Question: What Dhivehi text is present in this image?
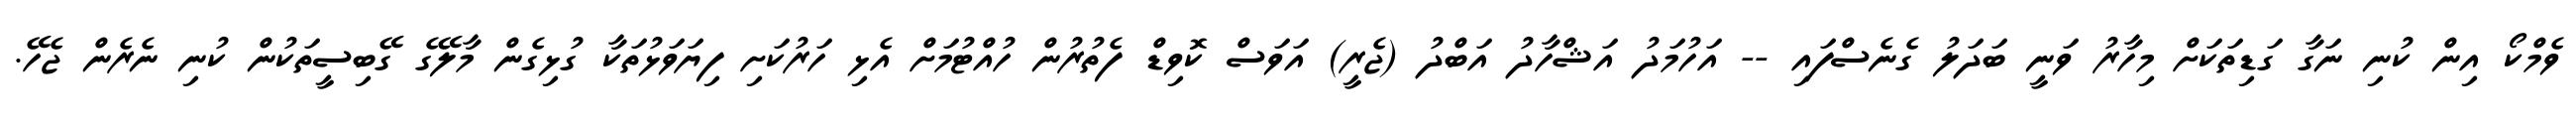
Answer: ވެމްކޯ އިން ކުނި ނަގާ ގަޑިތަކަށް މިހާރު ވަނީ ބަދަލު ގެނެސްފައި -- އަހުމަދު އަޝްހާދު އަބްދު (ޖެރީ) އަވަސް ކޮވިޑް ފެތުރުން ހުއްޓުމަށް އެޅި ހަރުކަށި ފިޔަވަޅުތަކާ ގުޅިގެން މާލޭގެ ގޭބިސީތަކުން ކުނި ނެރެން ޖެހޭ.